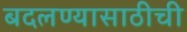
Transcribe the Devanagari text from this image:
बदलण्यासाठीची